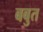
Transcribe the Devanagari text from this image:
बबुत